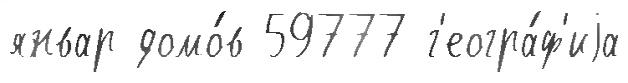
январ домо́в 59777 г'еогра́ф'иjа